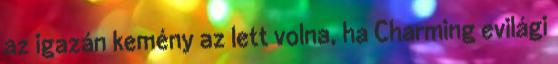
az igazán kemény az lett volna, ha Charming evilági